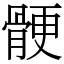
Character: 骾